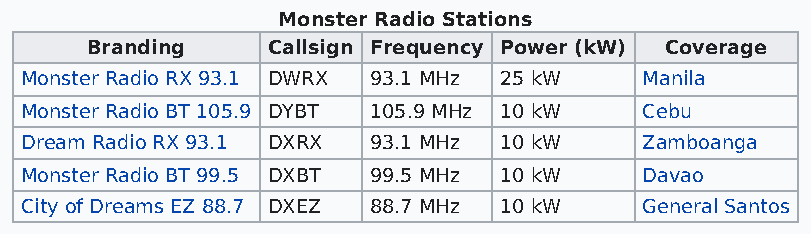
Monster Radio Stations
 Branding    Callsign Frequency Power (kW) Coverage
 Monster Radio RX 93.1 DWRX 93.1 MHz 25 kW Manila
 Monster Radio BT 105.9 DYBT 105.9 MHz 10 kW Cebu
 Dream Radio RX 93.1 DXRX 93.1 MHz 10 kW  Zamboanga
 Monster Radio BT 99.5 DXBT 99.5 MHz 10 kW Davao
 City of Dreams EZ 88.7 DXEZ 88.7 MHz 10 kW General Santos